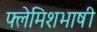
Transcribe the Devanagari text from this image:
फ्लेमिशभाषी